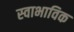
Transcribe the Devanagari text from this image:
स्‍वाभाविक